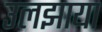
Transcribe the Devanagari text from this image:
उलझाया